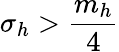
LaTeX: \sigma_{h}>\frac{m_{h}}{4}